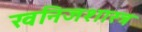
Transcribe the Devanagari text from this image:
खनिजशास्त्र